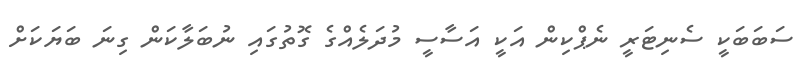
ސަބަބަކީ ސެނިޓަރީ ނެޕްކިން އަކީ އަސާސީ މުދަލެއްގެ ގޮތުގައި ނުބަލާކަން ގިނަ ބަޔަކަށް